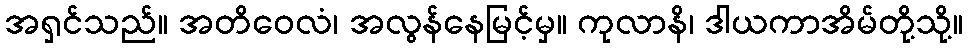
အရှင်သည်။ အတိဝေလံ၊ အလွန်နေမြင့်မှ။ ကုလာနိ၊ ဒါယကာအိမ်တို့သို့။